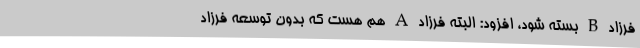
فرزاد B ‌بسته شود، افزود: البته فرزاد A‌ هم هست که بدون توسعه فرزاد